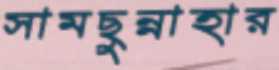
সামছুন্নাহার